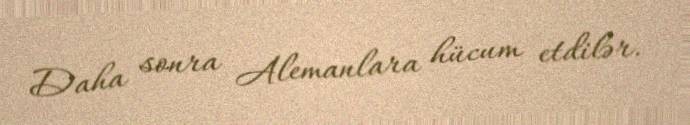
Daha sonra Alemanlara hücum etdilər.